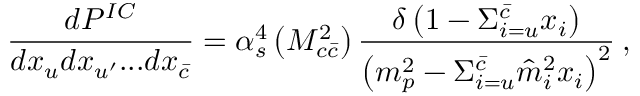
\frac { d P ^ { I C } } { d x _ { u } d x _ { u ^ { \prime } } . . . d x _ { \bar { c } } } = \alpha _ { s } ^ { 4 } \left( M _ { c \bar { c } } ^ { 2 } \right) \frac { \delta \left( 1 - \Sigma _ { i = u } ^ { \bar { c } } x _ { i } \right) } { \left( m _ { p } ^ { 2 } - \Sigma _ { i = u } ^ { \bar { c } } \hat { m } _ { i } ^ { 2 } x _ { i } \right) ^ { 2 } } \: ,